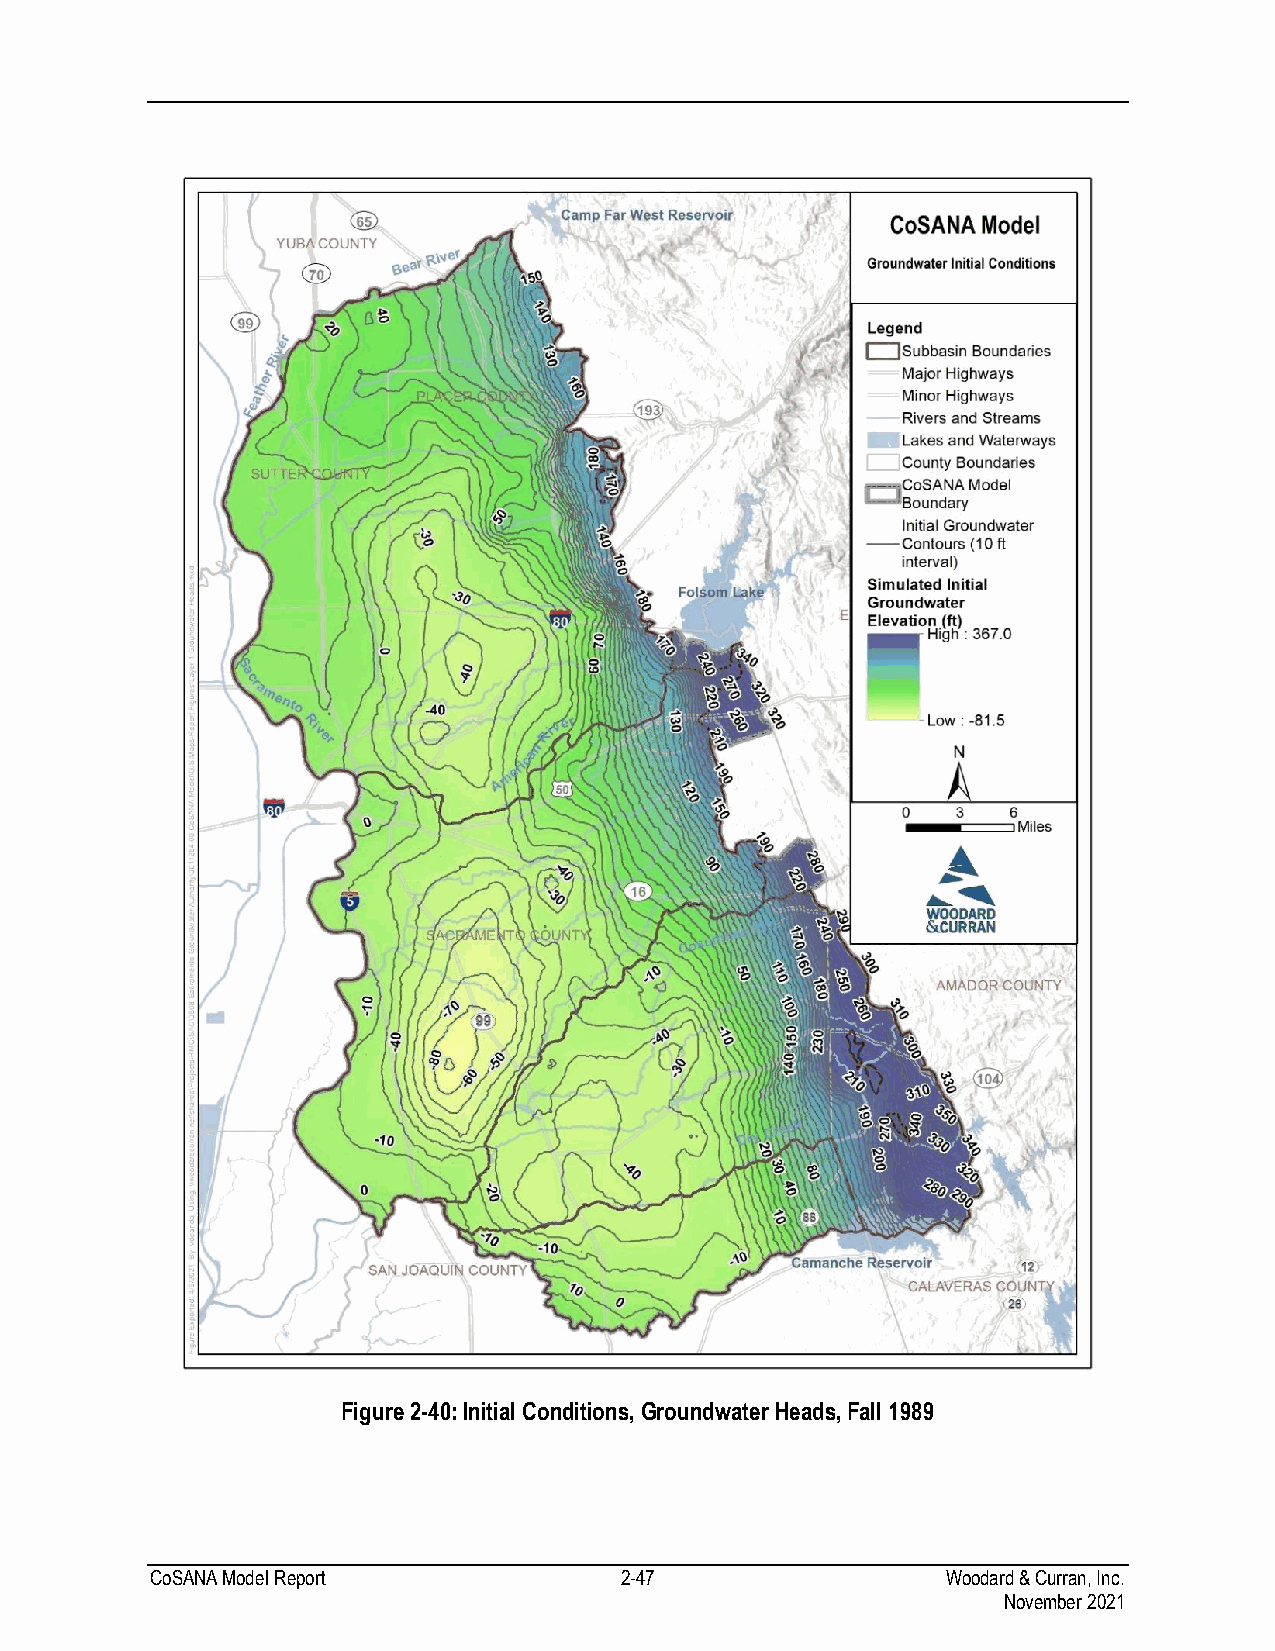
Figure 2-40: Initial Conditions, Groundwater Heads, Fall 1989
 CoSANA Model Report            2-47                  Woodard & Curran, Inc.
 November 2021